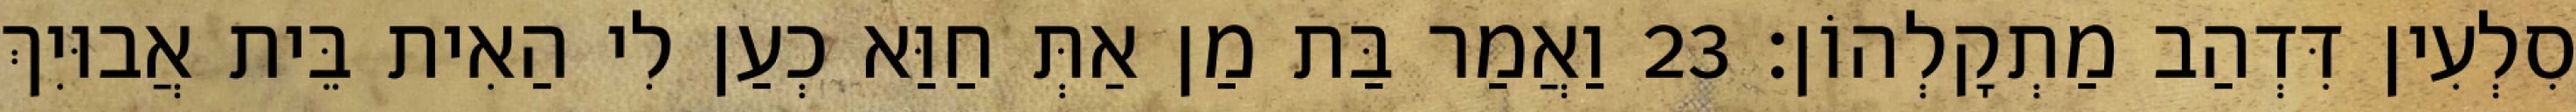
סִלְעִין דִּדְהַב מַתְקָלְהוֹן׃ 23 וַאֲמַר בַּת מַן אַתְּ חַוַּא כְעַן לִי הַאִית בֵּית אֲבוּיִךְ